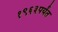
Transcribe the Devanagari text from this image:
१९६३पर्यंत